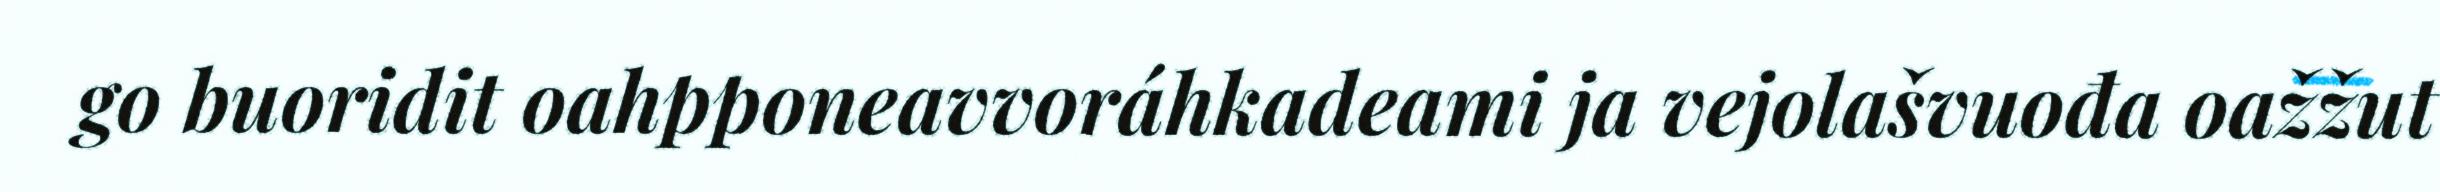
go buoridit oahpponeavvoráhkadeami ja vejolašvuođa oažžut